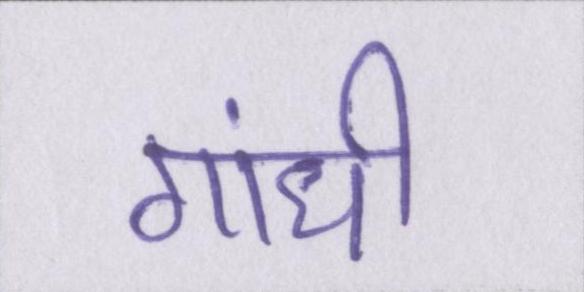
गांधी